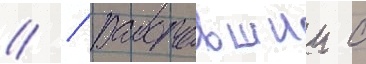
// / работавшии с